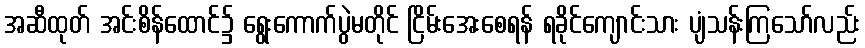
အဆီထုတ် အင်းစိန်ထောင်၌ ရွေးကောက်ပွဲမတိုင် ငြိမ်းအေးစေရန် ရခိုင်ကျောင်းသား ပျံသန်းကြသော်လည်း